Vaccination in the Punjab 1883-1896 - 1883-1896
Year: 1883
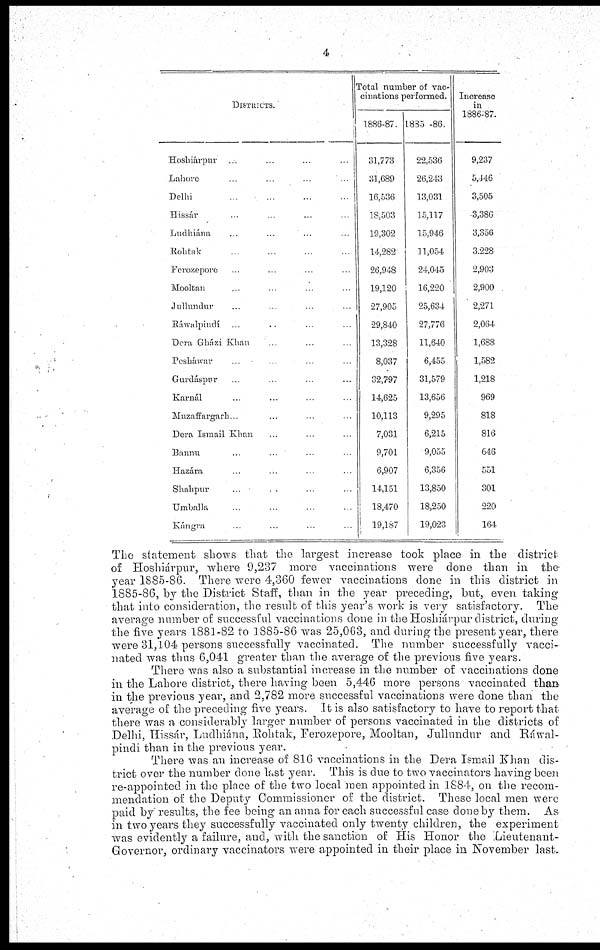
4
DISTRICTS.
Hoshiárpur ... ... ... ...
Lahore
...
...
...
...
Delhi
...
...
...
...
Hissár
...
...
...
...
Ludhiána
...
...
... ...
Rohtak ... ... ... ...
Ferozepore ... ... ... ...
Mooltan ... ... ... ...
Jullundur ... ... ... ...
Ráwalpindí ... ... ... ...
Dera Gházi Khan
... ... ...
Pesháwar ... ... ... ...
Gurdáspur ... ... ... ...
Karnál ... ... ... ...
Muzaffargarh ... ... ... ...
Dera Ismail Khan ... ... ...
Bannu
...
... ... ...
Hazára ... ... ... ...
Shahpur
... ... ... ...
Umballa ... ... ... ...
Kángra ... ... ... ...
Total number of vac-
cinations performed.
1886-87.
31,773
31,689
16,536
18,503
19,302
14,282
26,948
19,120
27,905
29,840
13,328
8,037
32,797
14,625
10,113
7,031
9,701
6,907
14,151
18,470
19,187
1885 -86.
22,536
26,243
13,031
15,117
15,946
11,054
24,045
16,220
25,634
27,776
11,640
6,455
31,579
13,656
9,295
6,215
9,055
6,356
13,850
18,250
19,023
Increase
in
1886-87.
9,237
5,446
3,505
3,386
3,356
3,228
2,903
2,900
2,271
2,064
1,688
1,582
1,218
969
818
816
646
551
301
220
164
The statement shows that the largest increase took place in the district
of Hoshiárpur, where 9,237 more vaccinations were done than in the
year 1885-86. There were 4,360 fewer vaccinations done in this district in
1885-86, by the District Staff, than in the year preceding, but, even taking
that into consideration, the result of this year's work is very satisfactory. The
average number of successful vaccinations done in the Hoshiárpur district, during
the five years 1881-82 to 1885-86 was 25,063, and during the present year, there
were 31,104 persons successfully vaccinated. The number successfully vacci-
nated was thus 6,041 greater than the average of the previous five years.
There was also a substantial increase in the number of vaccinations done
in the Lahore district, there having been 5,446 more persons vaccinated than
in the previous year, and 2,782 more successful vaccinations were done than the
average of the preceding five years. It is also satisfactory to have to report that
there was a considerably larger number of persons vaccinated in the districts of
Delhi, Hissár, Ludhiána, Rohtak, Ferozepore, Mooltan, Jullundur and Ráwal-
pindi than in the previous year.
There was an increase of 816 vaccinations in the Dera Ismail Khan dis-
trict over the number done last year. This is due to two vaccinators having been
re-appointed in the place of the two local men appointed in 1884, on the recom-
mendation of the Deputy Commissioner of the district. These local men were
paid by results, the fee being an anna for each successful case done by them. As
in two years they successfully vaccinated only twenty children, the experiment
was evidently a failure, and, with the sanction of His Honor the Lieutenant¬
Governor, ordinary vaccinators were appointed in their place in November last.